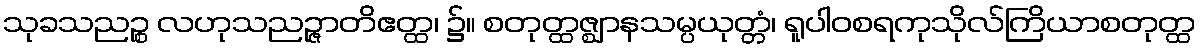
သုခသညဉ္စ လဟုသညဉ္ဇာတိဧတ္ထ၊ ၌။ စတုတ္ထဇ္ဈာနသမ္ပယုတ္တံ၊ ရူပါဝစရကုသိုလ်ကြိယာစတုတ္ထ